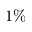
1 \%